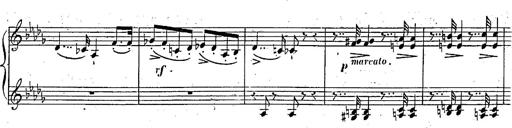
Title: Marche et Cavatine de Lucie de Lammermoor, S.398
Composer: Franz Liszt